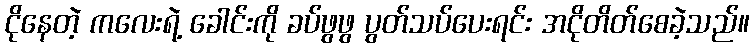
ငိုနေတဲ့ ကလေးရဲ့ ခေါင်းကို ခပ်ဖွဖွ ပွတ်သပ်ပေးရင်း အငိုတိတ်စေခဲ့သည်။